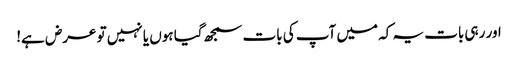
اور رہی بات یہ کہ میں آپ کی بات سمجھ گیا ہوں یا نہیں تو عرض ہے!